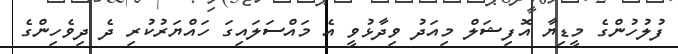
ފުލުހުންގެ މީޑިޔާ އޮފިޝަލް މިއަދު ވިދާޅުވީ އެ މައްސަލައިގަ ހައްޔަރުކުރި ދެ ދިވެހިންގެ